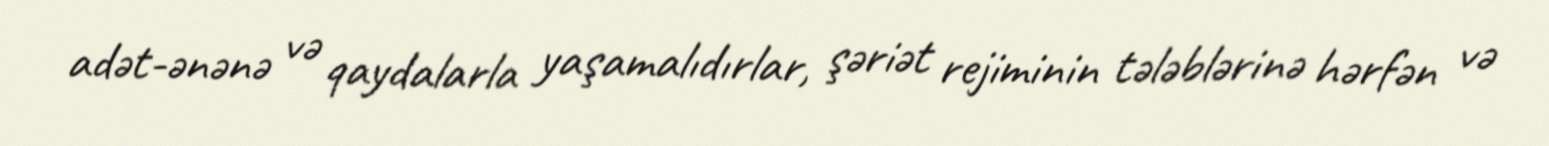
adət-ənənə və qaydalarla yaşamalıdırlar, şəriət rejiminin tələblərinə hərfən və